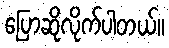
ပြောဆိုလိုက်ပါတယ်။